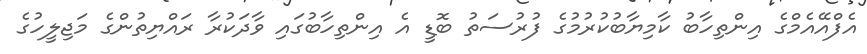
އެފްއޭއެމްގެ އިންތިހާބު ކާމިޔާބުކުރުމުގެ ފުރުސަތު ބޮޑީ އެ އިންތިހާބުގައި ވާދަކުރާ ރައްޔިތުންގެ މަޖިލީހުގެ